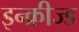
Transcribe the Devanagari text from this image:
इन्क्रीज्ड